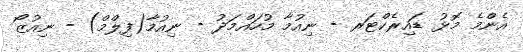
އެންމެ މޮޅު ޑައިރެކްޓަރ - ނިއުމާ މުހައްމަދު - ނިއުމާ(ފިލްމް) - ނިއުޒޯ